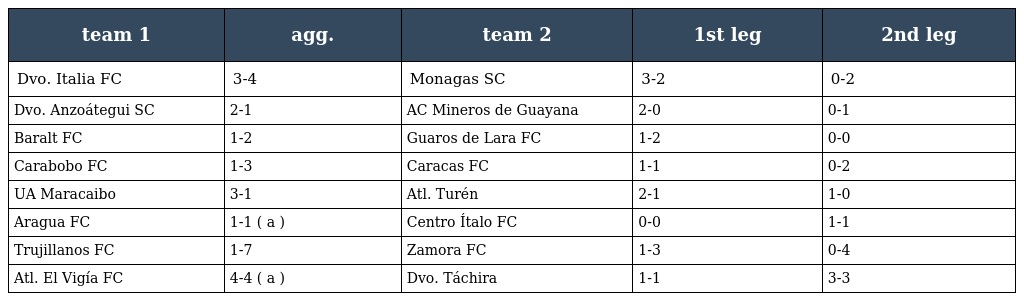
| team 1 | agg. | team 2 | 1st leg | 2nd leg |
 | --- | --- | --- | --- | --- |
 | Dvo. Italia FC | 3-4 | Monagas SC | 3-2 | 0-2 |
 | Dvo. Anzoátegui SC | 2-1 | AC Mineros de Guayana | 2-0 | 0-1 |
 | Baralt FC | 1-2 | Guaros de Lara FC | 1-2 | 0-0 |
 | Carabobo FC | 1-3 | Caracas FC | 1-1 | 0-2 |
 | UA Maracaibo | 3-1 | Atl. Turén | 2-1 | 1-0 |
 | Aragua FC | 1-1 ( a ) | Centro Ítalo FC | 0-0 | 1-1 |
 | Trujillanos FC | 1-7 | Zamora FC | 1-3 | 0-4 |
 | Atl. El Vigía FC | 4-4 ( a ) | Dvo. Táchira | 1-1 | 3-3 |